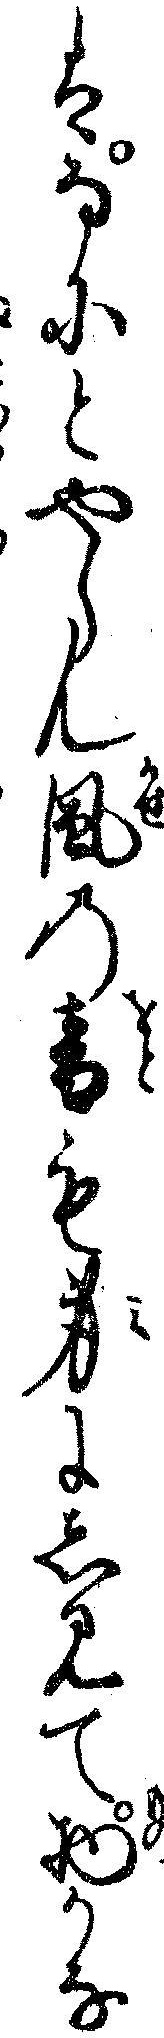
はなにとやらん風の音も身にしみて物かな